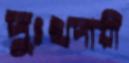
দুঃখদায়ী